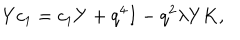
LaTeX: Y c _ { 1 } = c _ { 1 } Y + q ^ { 4 } I - q ^ { 2 } \lambda Y K ,